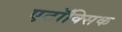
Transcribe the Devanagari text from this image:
एटॉक्सिक